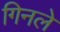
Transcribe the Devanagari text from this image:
गिनले